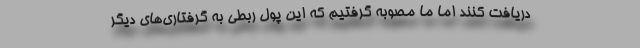
دریافت کنند اما ما مصوبه گرفتیم که این پول ربطی به گرفتاری‌های دیگر